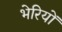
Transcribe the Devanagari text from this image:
भेरियों